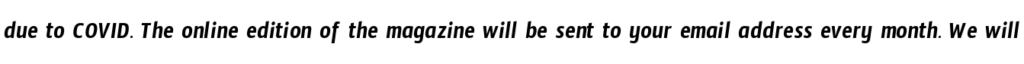
due to COVID. The online edition of the magazine will be sent to your email address every month. We will